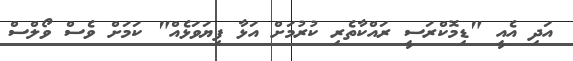
އަދި އެއީ "ޑިމޮކްރަސީ ރައްކާތެރި ކުރުމަށް އަޅާ ފިޔަވަޅެއް" ކަމަށް ވެސް ވޯލްސް